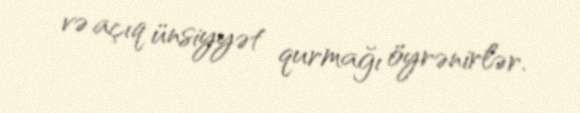
və açıq ünsiyyət qurmağı öyrənirlər.